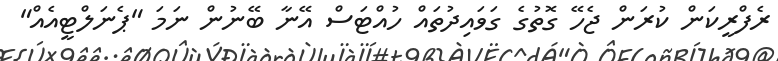
ރެފްރީކަން ކުރަން ޖެހޭ ގޮތުގެ ގަވައިދުތައް ހުއްޓަސް އޭނާ ބޭނުން ނަމަ "ޕެނަލްޓީއެއް"